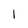
Character: 1